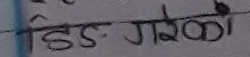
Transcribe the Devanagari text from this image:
हिँड गरेको